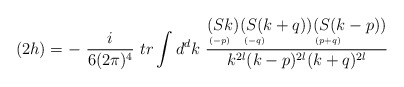
\begin{align*}(2h) = -\ \frac{i}{6(2\pi)^4}\ tr \int d^dk\ \frac{\stackrel{\displaystyle (Sk)}{\scriptscriptstyle (-p)\phantom{+}}\stackrel{\displaystyle (S(k+q))}{\scriptscriptstyle (-q)\phantom{+qqqqqqq}}\stackrel{\displaystyle (S(k-p))}{\scriptscriptstyle (p+q)\phantom{+qqqqqqq}}}{k^{2l}(k-p)^{2l} (k+q)^{2l}}\end{align*}